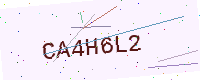
Text: CA4H6L2